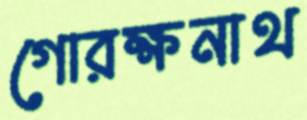
গোরক্ষনাথ